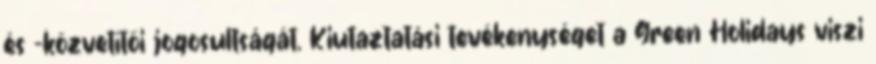
és -közvetítői jogosultságát. Kiutaztatási tevékenységet a Green Holidays viszi